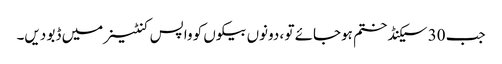
جب 30 سیکنڈ ختم ہوجائے تو ، دونوں بیکوں کو واپس کنٹینر میں ڈبو دیں۔